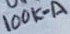
Text: 100K-A